65_HS1-834228961_62-HQ-83894_Serial_438
Agency: FBI
Page 26
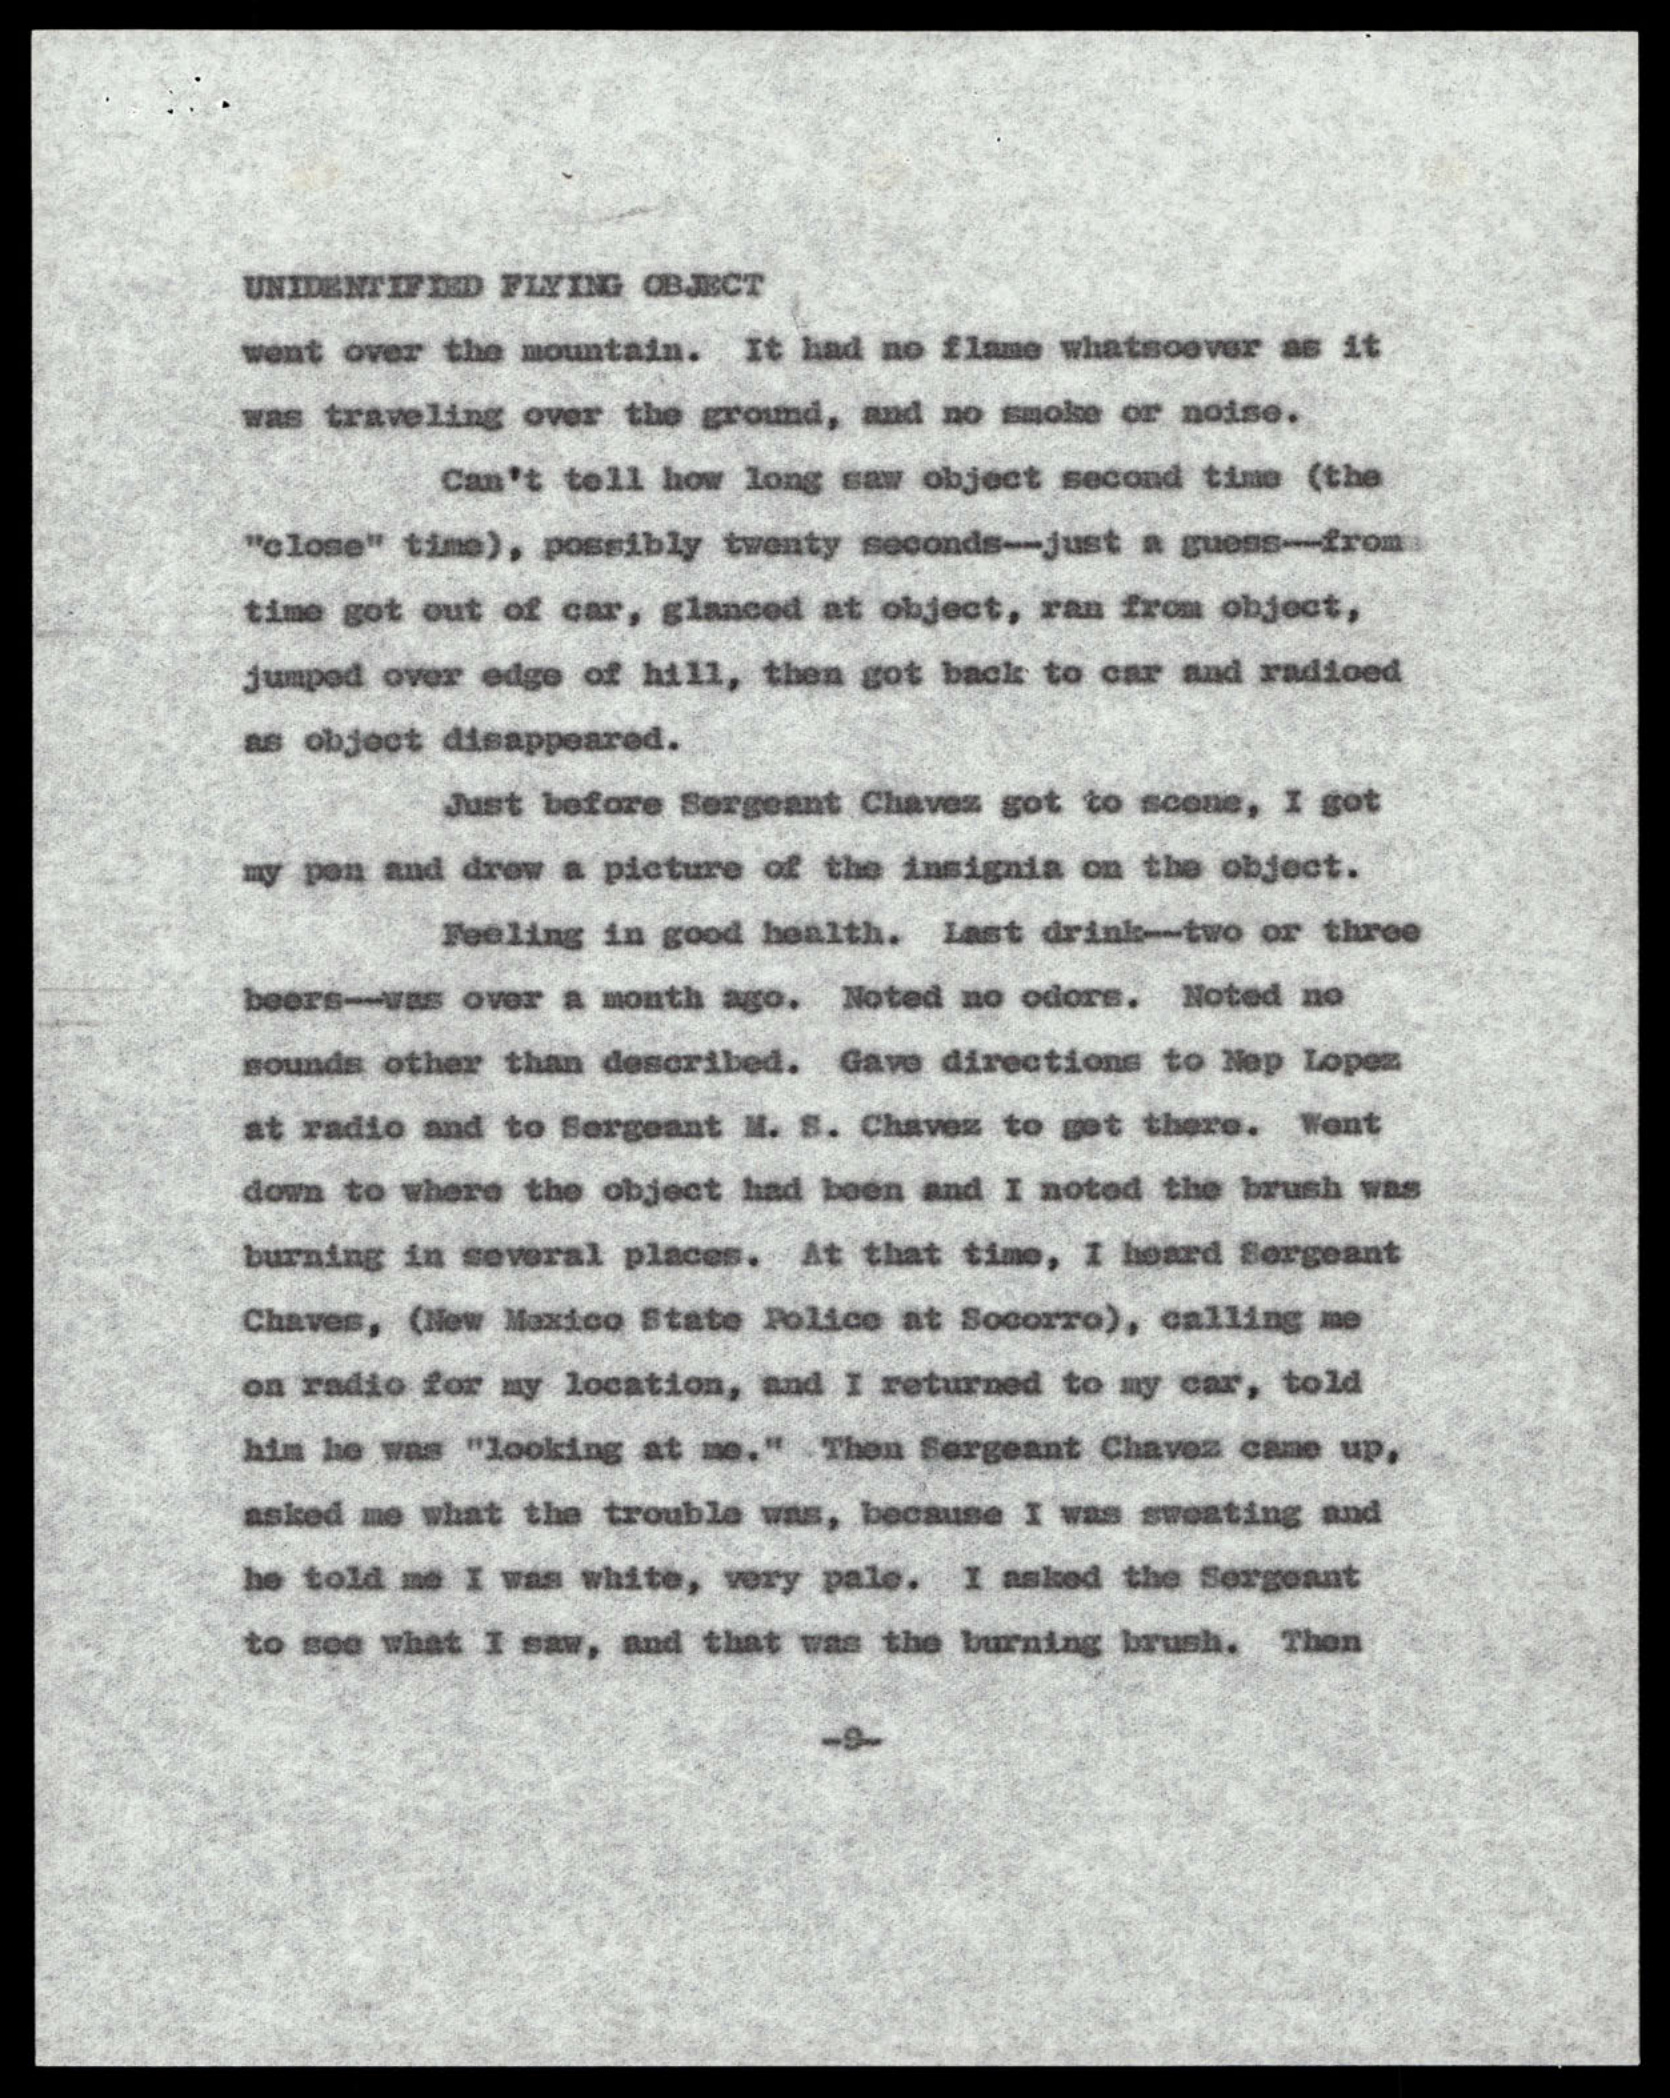